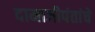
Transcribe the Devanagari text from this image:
दामाजीपंतांचे